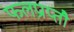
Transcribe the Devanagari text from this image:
फलप्राप्तौ